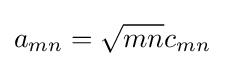
a_{mn}={\sqrt {mn}}c_{mn}